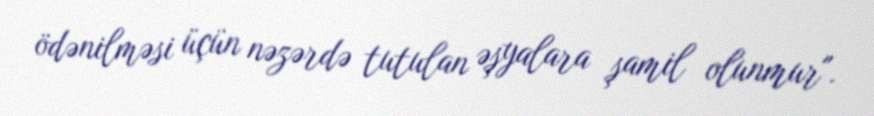
ödənilməsi üçün nəzərdə tutulan əşyalara şamil olunmur".